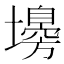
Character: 𡒳